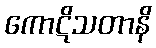
ကောဋိသတာနိ